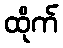
ထိုက်